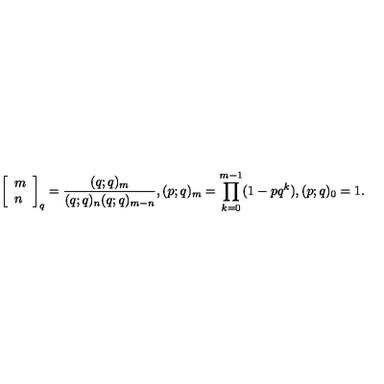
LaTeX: \left[ \begin{array} { l } { m } \\ { n } \\ \end{array} \right] _ { q } = \frac { ( q ; q ) _ { m } } { ( q ; q ) _ { n } ( q ; q ) _ { m - n } } , ( p ; q ) _ { m } = \prod _ { k = 0 } ^ { m - 1 } ( 1 - p q ^ { k } ) , ( p ; q ) _ { 0 } = 1 .